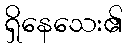
ရှိနေသေး၏